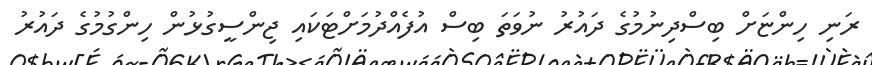
ރަނި ހިންޏަށް ބިސްދިނުމުގެ ދައުރު ނުވަތަ ބިސް އުފެއްދުމަށްޓަކައި ޖިންސީގުޅުން ހިންގުމުގެ ދައުރު